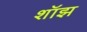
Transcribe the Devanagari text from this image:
शॉझ